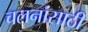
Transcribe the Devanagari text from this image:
चलनांसाठी